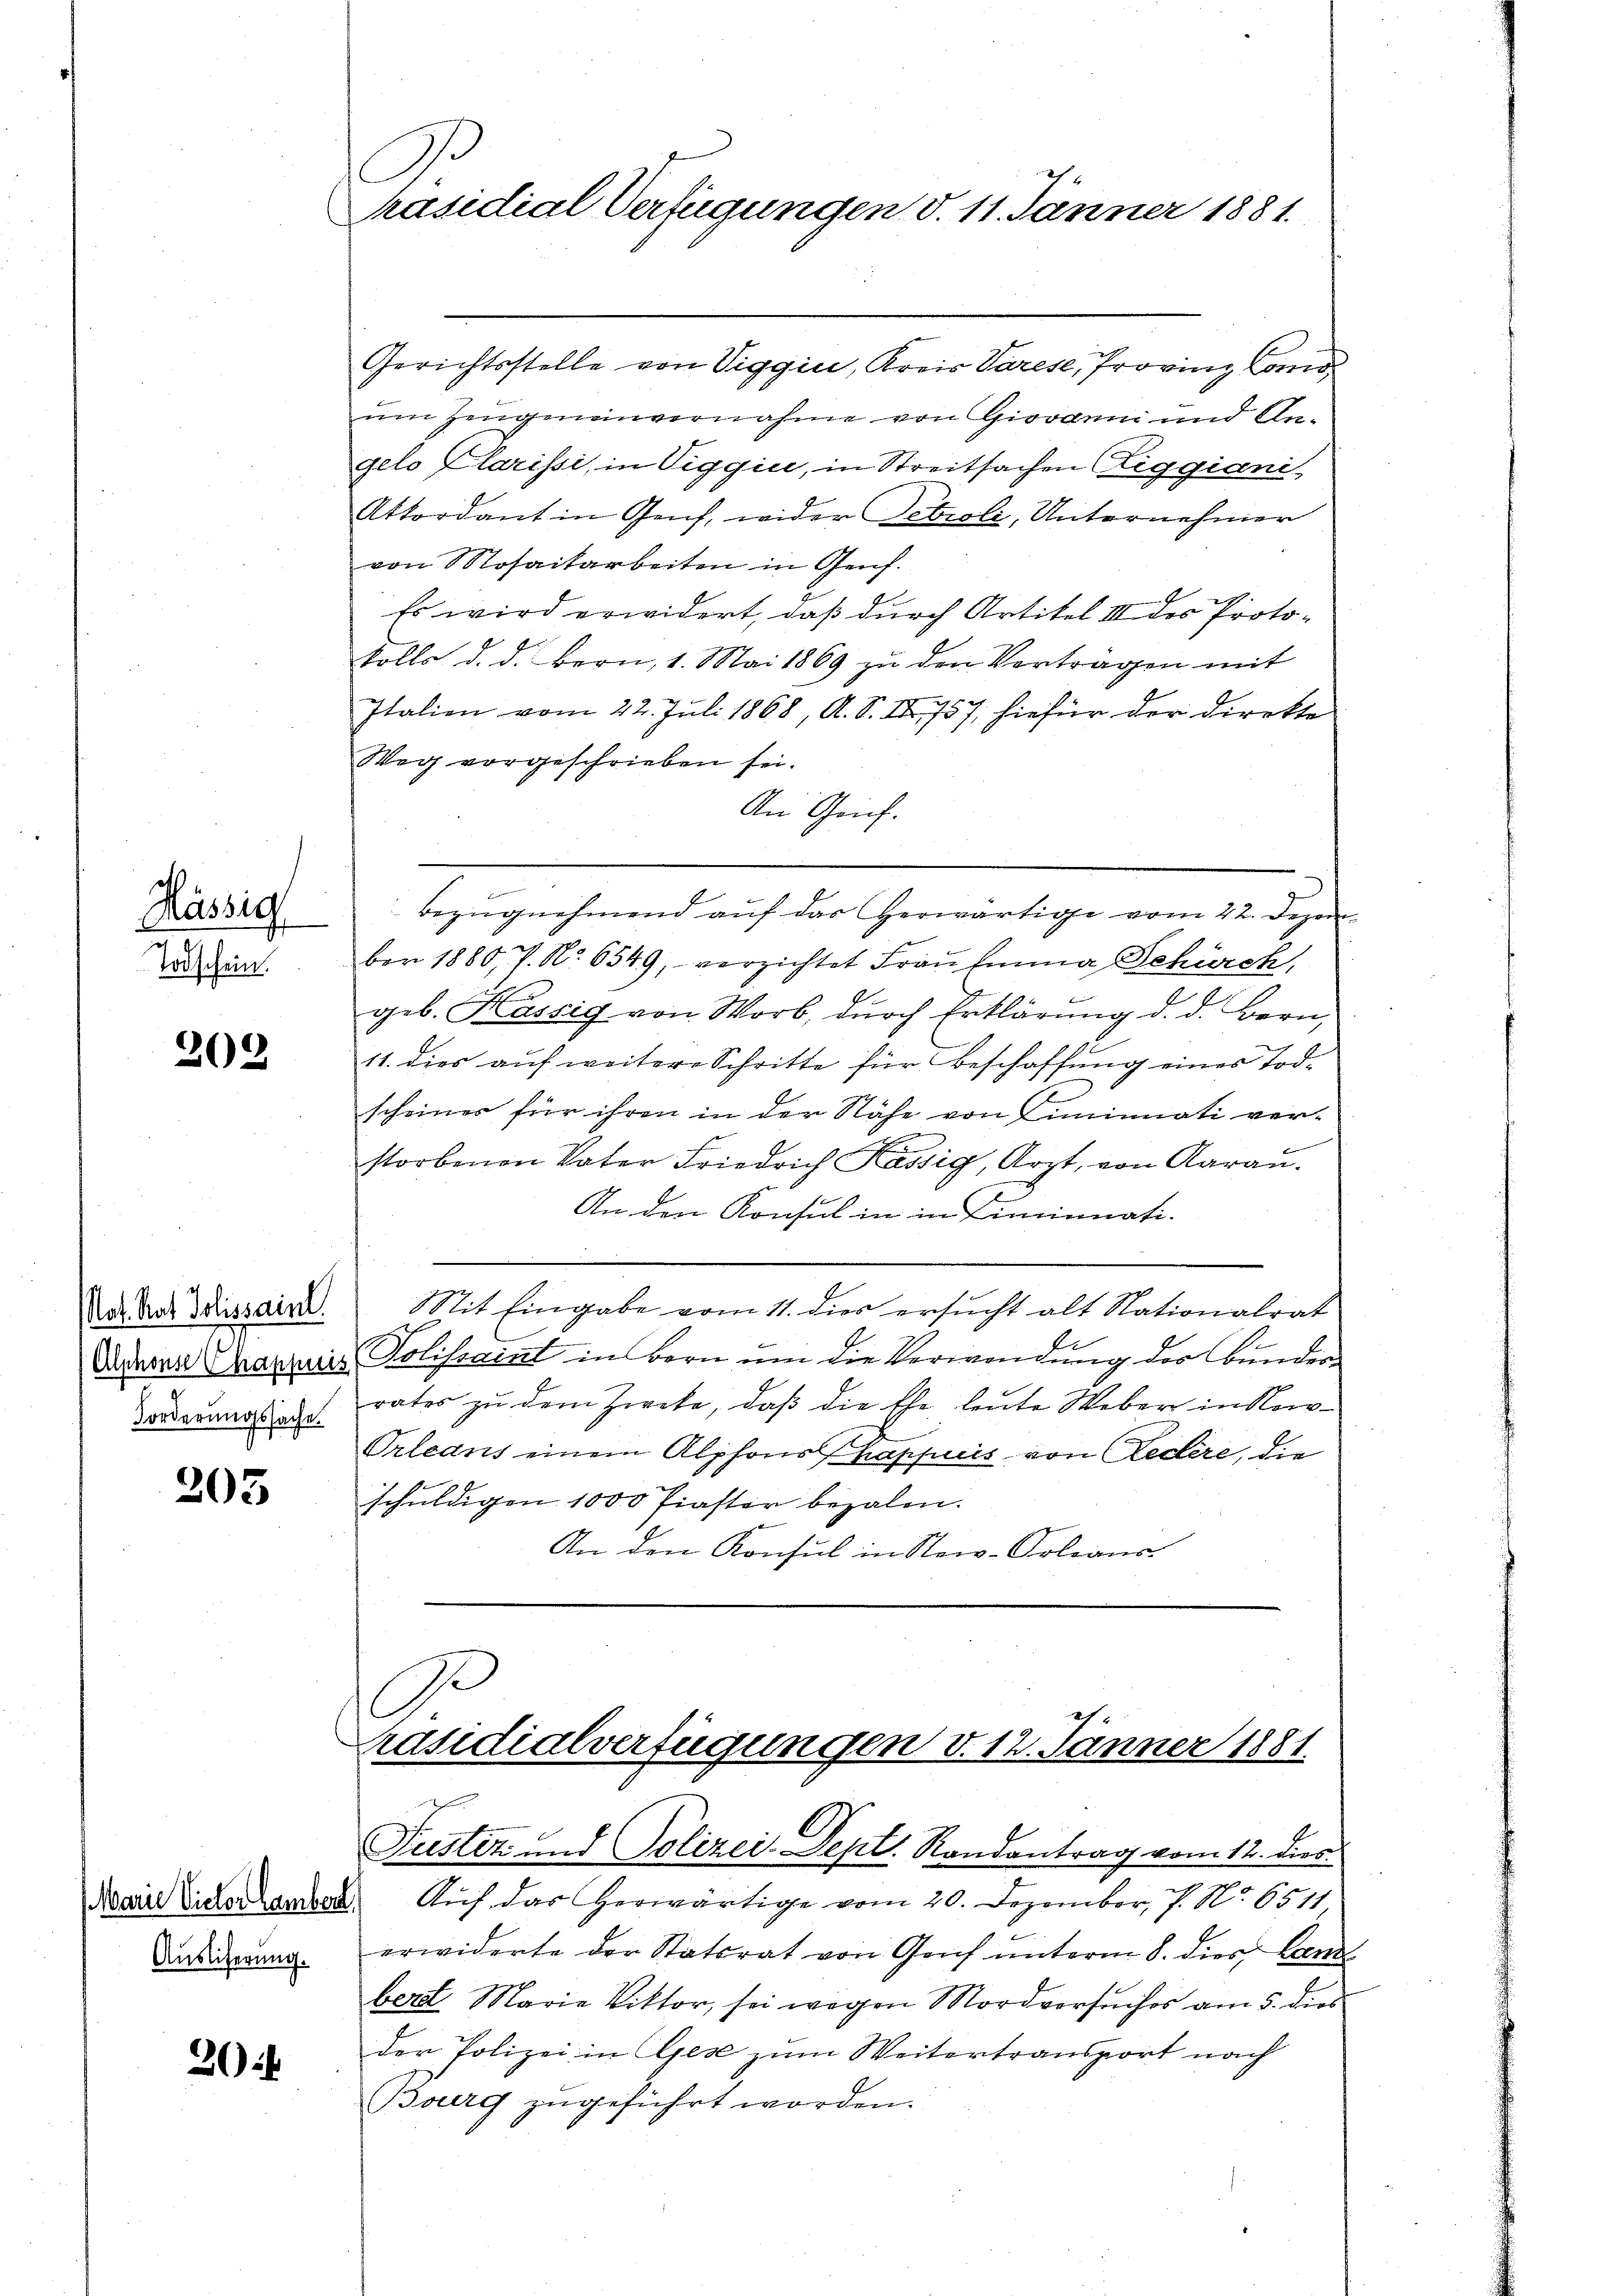
Mässig
Todschein.

202

Not. Rat Jolissaint.
Forderungssache.

203

2:

Marie Victor Lamber
Auslieferung.

Präsidial-Verfügungen d. 11. Jänner 1881.

Gerichtsstelle von Viggici, Kreis Varese, Provinz Comum Zeugnenvernahme von Giovanni und An-
gelo Clarissi, in Viggici, in Streitsachen Liggiani,
Attordant in Genf, wider Petroli, Unternehmer
von Mosaikarbeiten in Genf.
Es wird erwidert, daß durch Artikel III des Proto¬
Solls d. d. Bern, 1. Mai 1869 zu den Vorträgen mit
Italien vom 22. Juli 1868, A. S. Nr. 1757, hiefür der Direkte
Weg vorgeschrieben sei.
An Grif.
Bezugnehmend auf das herwärtige vom 22. Dezem
ber 1880, 7. No. 6549, verzichtet Frau hina Schürch,
geb. Kassig von Worb, dŭrch Erklärŭng d. d. Bern,
11. dies auf weitere Schritte für Beschaffung eines Tod.
scheines für ihren in der Nähe von Liminati verstorbenen Vater Friedrich Kassig, Arzt, von Aarau.
An den Konsul in in Liminati-
Mit Eingabe vom 11. dies ersucht alt Nationalrat
Er
Anderen Channes Polissaint in Bern um die Verwendung der Bunderrates zu dem Zweke, daß die Ehe, leute Weber in No¬
Orleans einem Alphons Kappuis von Ledere, die
schuldigen 1000 Piaster bezalen.
An den Konsul in New-Orleans

Präsidialverfügungen v. 12. Jänner 1881.
Fuster und Polizei-Sept. Randantrag vom 12. dies

Auf das herwärtige vom 20. Dezember, 7. No. 6511,
erwiderte der Statsrat von Geich unterm 8. dies Lanz
bert Marie Viktor, sei wegen Mordversuches am 5. dies
der Polizei in Gese zum Weitertransport nach
Bourg zugeführt worden.